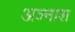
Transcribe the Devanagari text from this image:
अञ्नाश